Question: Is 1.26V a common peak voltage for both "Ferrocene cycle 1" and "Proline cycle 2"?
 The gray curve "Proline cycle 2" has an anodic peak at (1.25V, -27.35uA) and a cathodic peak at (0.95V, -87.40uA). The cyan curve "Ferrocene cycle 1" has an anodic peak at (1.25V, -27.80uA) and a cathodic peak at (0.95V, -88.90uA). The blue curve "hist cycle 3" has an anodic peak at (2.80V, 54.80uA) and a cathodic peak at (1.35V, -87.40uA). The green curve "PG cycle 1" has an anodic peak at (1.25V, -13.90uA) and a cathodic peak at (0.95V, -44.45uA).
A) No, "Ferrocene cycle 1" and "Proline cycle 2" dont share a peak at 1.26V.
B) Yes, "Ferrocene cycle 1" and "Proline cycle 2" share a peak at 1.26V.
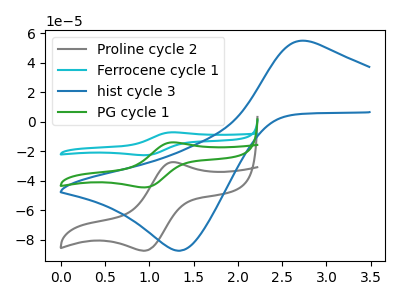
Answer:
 <answer>B) Yes, "Ferrocene cycle 1" and "Proline cycle 2" share a peak at 1.26V.</answer>
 <eval>B</eval>